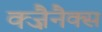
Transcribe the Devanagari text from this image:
क्ज़ैनैक्स